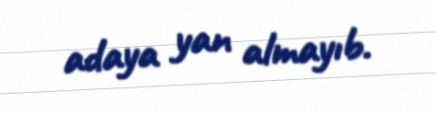
adaya yan almayıb.